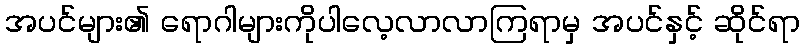
အပင်များ၏ ရောဂါများကိုပါလေ့လာလာကြရာမှ အပင်နှင့် ဆိုင်ရာ